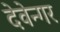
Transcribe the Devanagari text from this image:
देवेन्गर